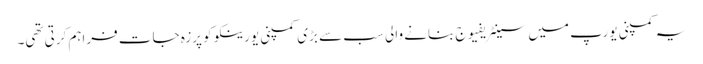
یہ کمپنی یورپ میں سینٹریفیوج بنانے والی سب سے بڑی کمپنی یورینکو کو پرزہ جات فراہم کرتی تھی۔